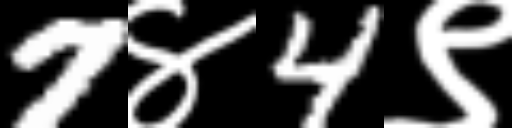
Text: 7४4९